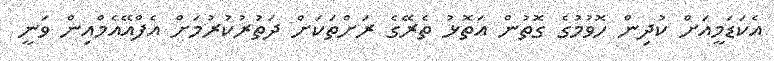
އެކަޑަމީއަށް ކުދިން ހޮވުމުގެ ގޮތުން އަތޮޅު ތެރޭގެ ރަށްތަކަށް ދަތުރުކުރުމަށް އެފްއޭއެމްއިން ވަނީ